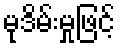
မုဒိမ်းမှုဖြင့်